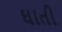
ઘાતી